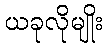
ယခုလိုမျိုး